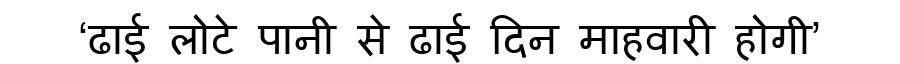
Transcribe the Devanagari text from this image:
‘ढाई लोटे पानी से ढाई दिन माहवारी होगी’